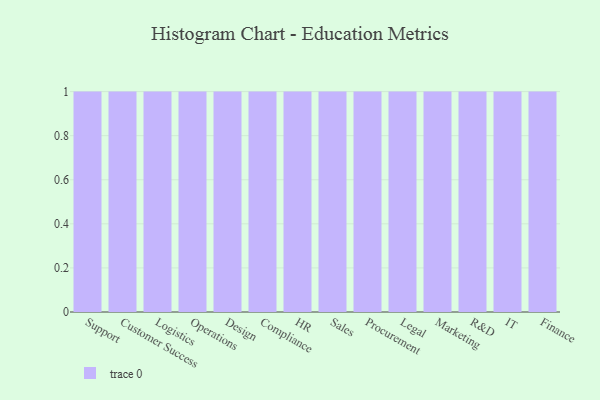
{"axis": {"x": "Department", "y": "Net Income (USD K)"}, "legend": [""], "data": [{"x": "Support", "y": 20, "type": ""}, {"x": "Customer Success", "y": 28, "type": ""}, {"x": "Logistics", "y": 78, "type": ""}, {"x": "Operations", "y": 58, "type": ""}, {"x": "Design", "y": 51, "type": ""}, {"x": "Compliance", "y": 65, "type": ""}, {"x": "HR", "y": 64, "type": ""}, {"x": "Sales", "y": 33, "type": ""}, {"x": "Procurement", "y": 24, "type": ""}, {"x": "Legal", "y": 47, "type": ""}, {"x": "Marketing", "y": 100, "type": ""}, {"x": "R&D", "y": 41, "type": ""}, {"x": "IT", "y": 36, "type": ""}, {"x": "Finance", "y": 40, "type": ""}]}